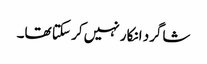
شاگرد انکار نہیں کر سکتا تھا۔